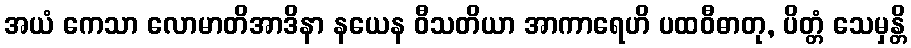
အယံ ကေသာ လောမာတိအာဒိနာ နယေန ဝီသတိယာ အာကာရေဟိ ပထဝီဓာတု, ပိတ္တံ သေမှန္တိ